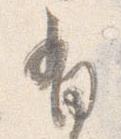
有